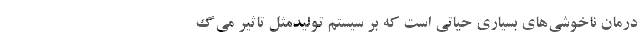
درمان ناخوشی‌های بسیاری حیاتی است که بر سیستم تولیدمثل تاثیر می‌گ